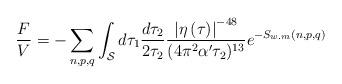
LaTeX: \begin{align*}\frac{F}{V}=-\sum_{n,p,q}\int_{\cal S} d\tau_1 \frac{d\tau_2}{2\tau_2} \frac{\left| \eta\left(\tau\right)\right|^{-48}}{(4\pi^2\alpha'\tau_2)^{13}}e^{-S_{w.m}(n,p,q)}\end{align*}